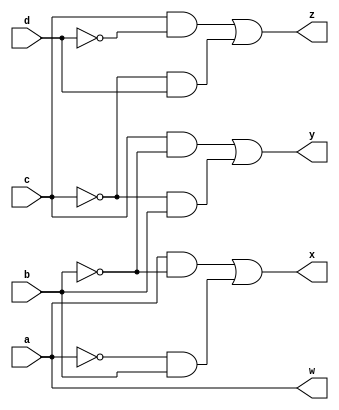
module bcd_to_gray(a,b,c,d,w,x,y,z);
input a,b,c,d;
output w,x,y,z;
	assign w = a;
	assign x = (a&~b)|(~a&b);
	assign y = (c&~b)|(~c&b);
	assign z = (c&~d)|(~c&d);
endmodule

module tb_bcd_to_gray;
reg a,b,c,d;
wire w,x,y,z;
bcd_to_gray btg(a,b,c,d,w,x,y,z);
initial
begin
	$monitor(,$time," a=%b, b=%b, c=%b d=%b w=%b x=%b y=%b z=%b",a,b,c,d,w,x,y,z);
	#0 a=1'b0;b=1'b0; c=1'b0; d=1'b0;
	#1 a=1'b0;b=1'b0; c=1'b0; d=1'b1;
	#2 a=1'b0;b=1'b0; c=1'b1; d=1'b0;
	#3 a=1'b0;b=1'b0; c=1'b1; d=1'b1;
	#4 a=1'b0;b=1'b1; c=1'b0; d=1'b0;
	#5 a=1'b0;b=1'b1; c=1'b0; d=1'b1;
	#6 a=1'b0;b=1'b1; c=1'b1; d=1'b0;
	#7 a=1'b0;b=1'b1; c=1'b1; d=1'b1;
	#8 a=1'b1;b=1'b0; c=1'b0; d=1'b0;
	#9 a=1'b1;b=1'b0; c=1'b0; d=1'b1;
	#10 $finish;
end
endmodule